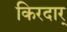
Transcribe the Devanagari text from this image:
किरदार्